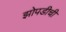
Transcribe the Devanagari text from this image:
झोपडीची